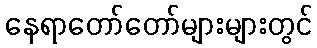
နေရာတော်တော်များများတွင်